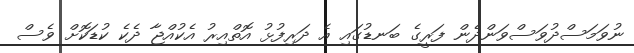
ނުވަމަސްދުވަސްވަންދެން ފަރީގެ ބަނޑުގައި އެ ދަރިފުޅު އޮތްއިރު އެކުއްޖާ ދެކެ ކުޑަކޮށް ވެސް